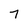
Character: 7